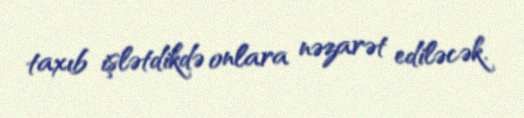
taxıb işlətdikdə onlara nəzarət ediləcək.